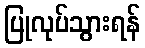
ပြုလုပ်သွားရန်